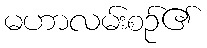
မဟာလမ်းစဉ်၏